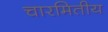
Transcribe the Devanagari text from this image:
चारमितीय